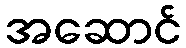
အဆောင်